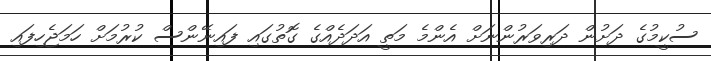
ސުކީމުގެ ދަށުން ދަރިވަރުންނަށް އެންމެ މަތީ އަދަދެއްގެ ގޮތުގައި ފައިނޭންސް ކުރުމަށް ހަމަޖެހިފައި